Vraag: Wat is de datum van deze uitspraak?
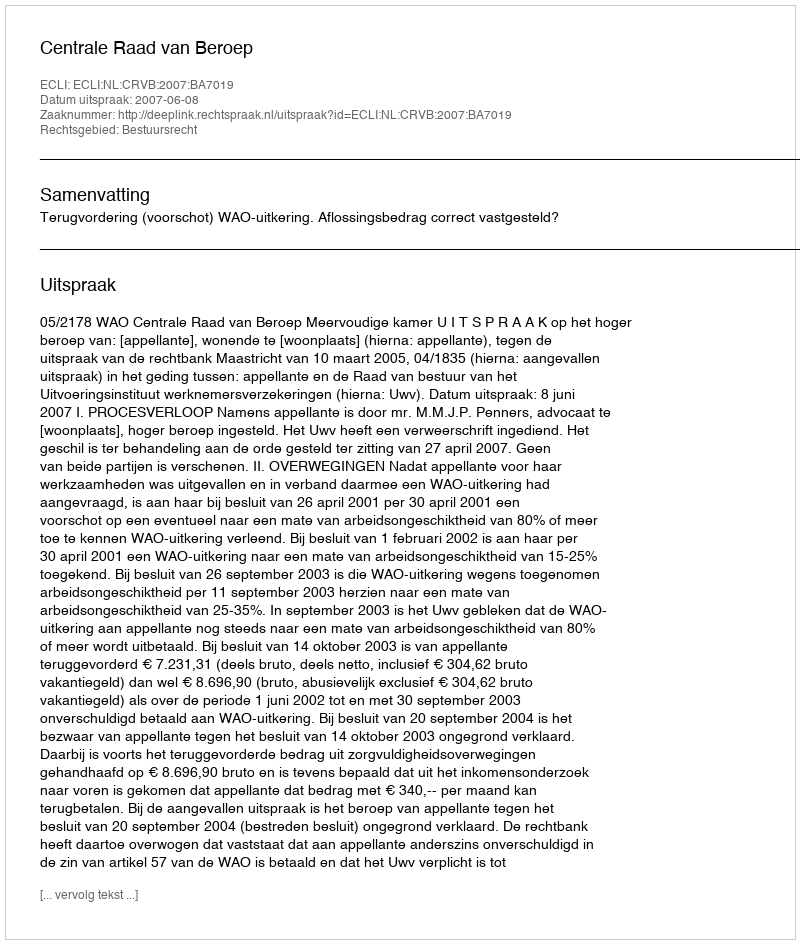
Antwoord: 2007-06-08